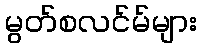
မွတ်စလင်မ်များ